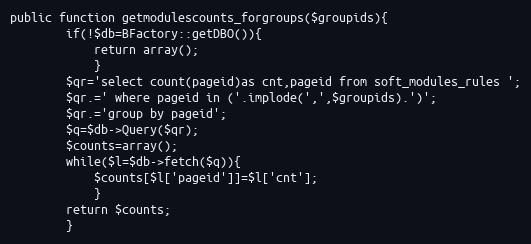
Language: PHP
public function getmodulescounts_forgroups($groupids){
		if(!$db=BFactory::getDBO()){
			return array();
			}
		$qr='select count(pageid)as cnt,pageid from soft_modules_rules ';
		$qr.=' where pageid in ('.implode(',',$groupids).')';
		$qr.='group by pageid';
		$q=$db->Query($qr);
		$counts=array();
		while($l=$db->fetch($q)){
			$counts[$l['pageid']]=$l['cnt'];
			}
		return $counts;
		}